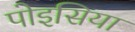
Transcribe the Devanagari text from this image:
पोइसिया